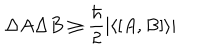
\Delta A \Delta B \ge \frac { \hbar } { 2 } \vert \langle [ A , B ] \rangle \vert